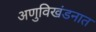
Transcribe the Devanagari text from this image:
अणुविखंडनात